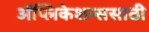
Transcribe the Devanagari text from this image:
ॲप्लिकेशन्ससाठी